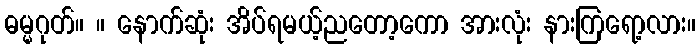
ဓမ္မဂုတ်။ ။ နောက်ဆုံး အိပ်ရမယ့်ညတော့ကော အားလုံး နားကြရော့လား။